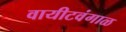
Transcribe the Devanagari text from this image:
वायीटवंगाळ